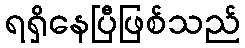
ရရှိနေပြီဖြစ်သည်